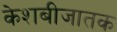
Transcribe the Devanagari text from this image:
केशबीजातक